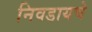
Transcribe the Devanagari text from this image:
निवडायचे